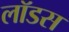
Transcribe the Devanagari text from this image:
लॉडस